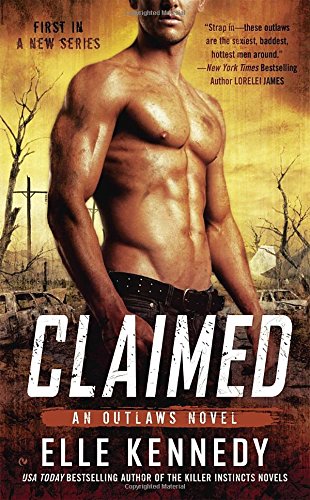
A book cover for Claimed: An Outlaws Novel (The Outlaws Series); Elle Kennedy; Science Fiction & Fantasy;